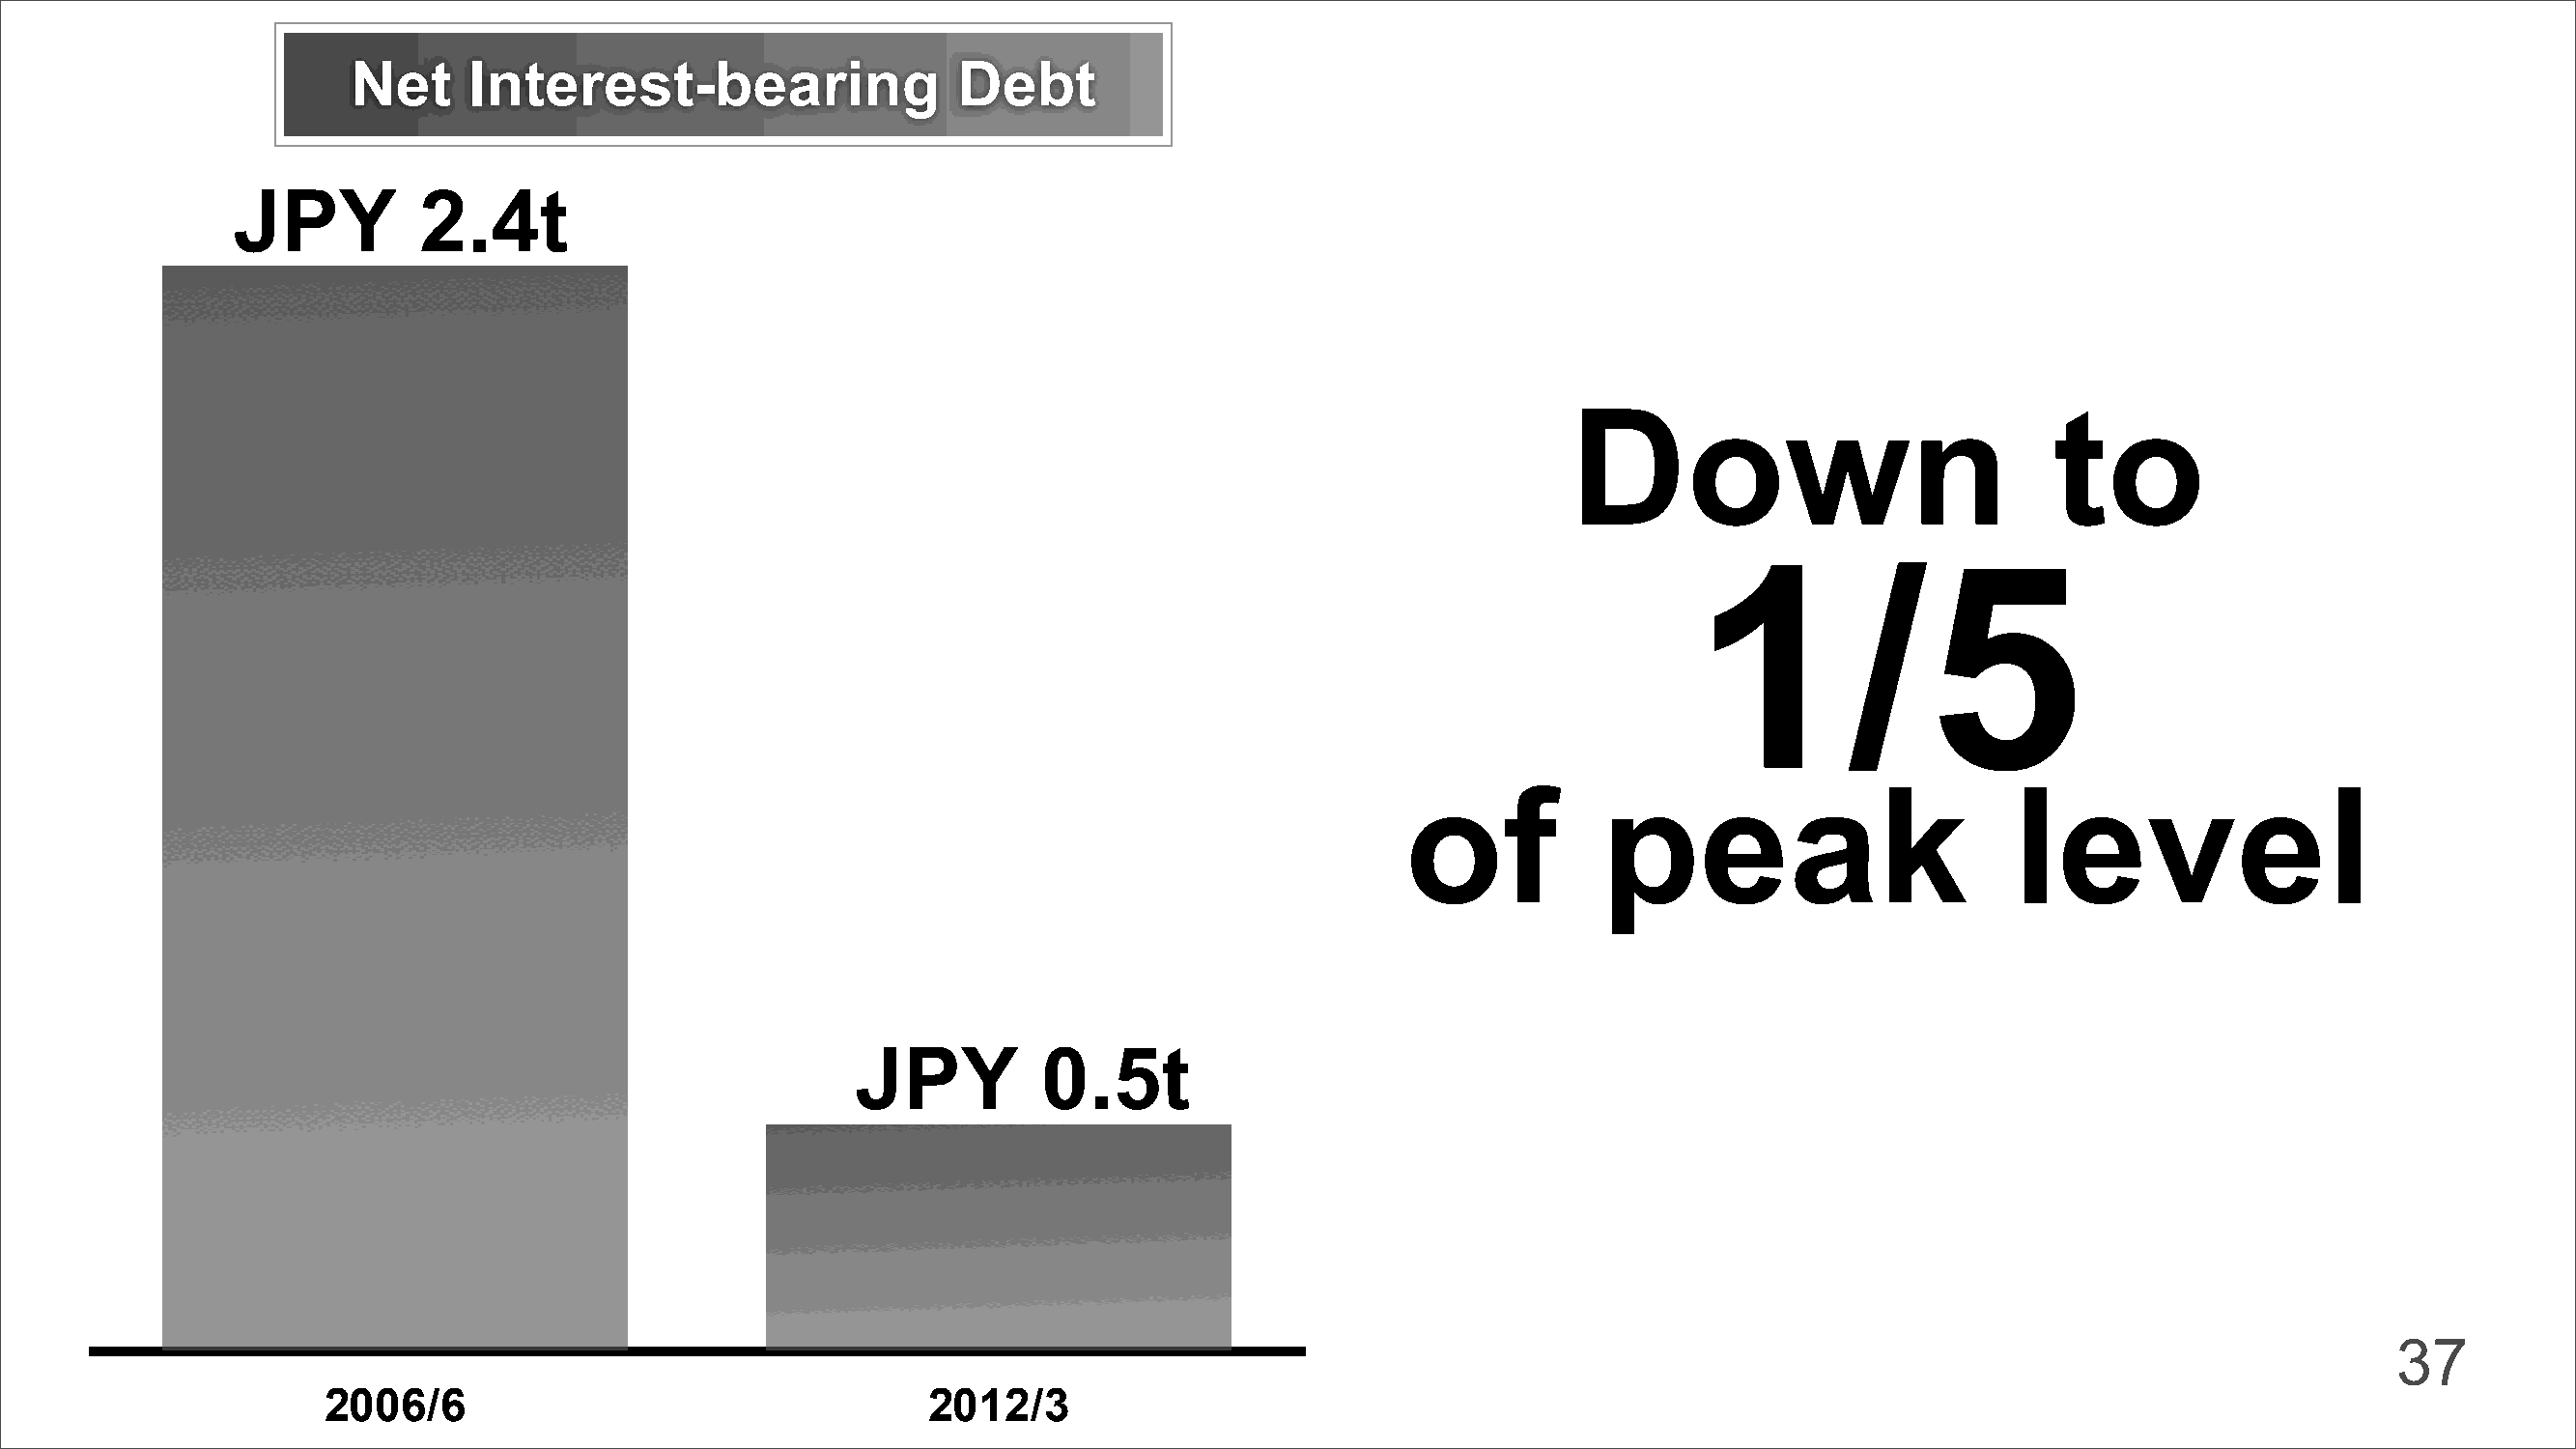
Net     Interest-bearing                  Debt
 JPY          2.4t
 Down                             to
 1/5
 of            peak                        level
 JPY         0.5t
 37
 2006/6                                    2012/3